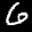
Label: 6